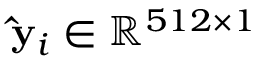
\mathbf { \hat { y } } _ { i } \in \mathbb { R } ^ { 5 1 2 \times 1 }